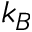
k _ { B }